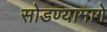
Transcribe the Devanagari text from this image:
सोडण्यामागे